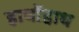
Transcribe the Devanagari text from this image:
हाथोंहाथ